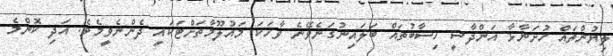
ލިޔުންތައް ހުށަނާޅާ އަންދާސީ ހިސާބުތައް ބަލައިނުގަނެވޭނެ ވާހަކަ މައުލޫމާތަށްޓަކައި ދެންނެވީމެވެ. އަދި ކޮންމެ